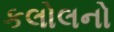
કલોલનો